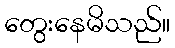
တွေးနေမိသည်။